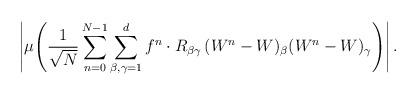
LaTeX: \begin{align*}&\left| \mu\!\left( \frac{1}{\sqrt{N}} \sum_{n=0}^{N-1} \sum_{\beta,\gamma = 1}^d f^n\cdot R_{\beta\gamma}\,(W^n-W)_{\beta}(W^n-W)_{\gamma} \right) \right|.\end{align*}